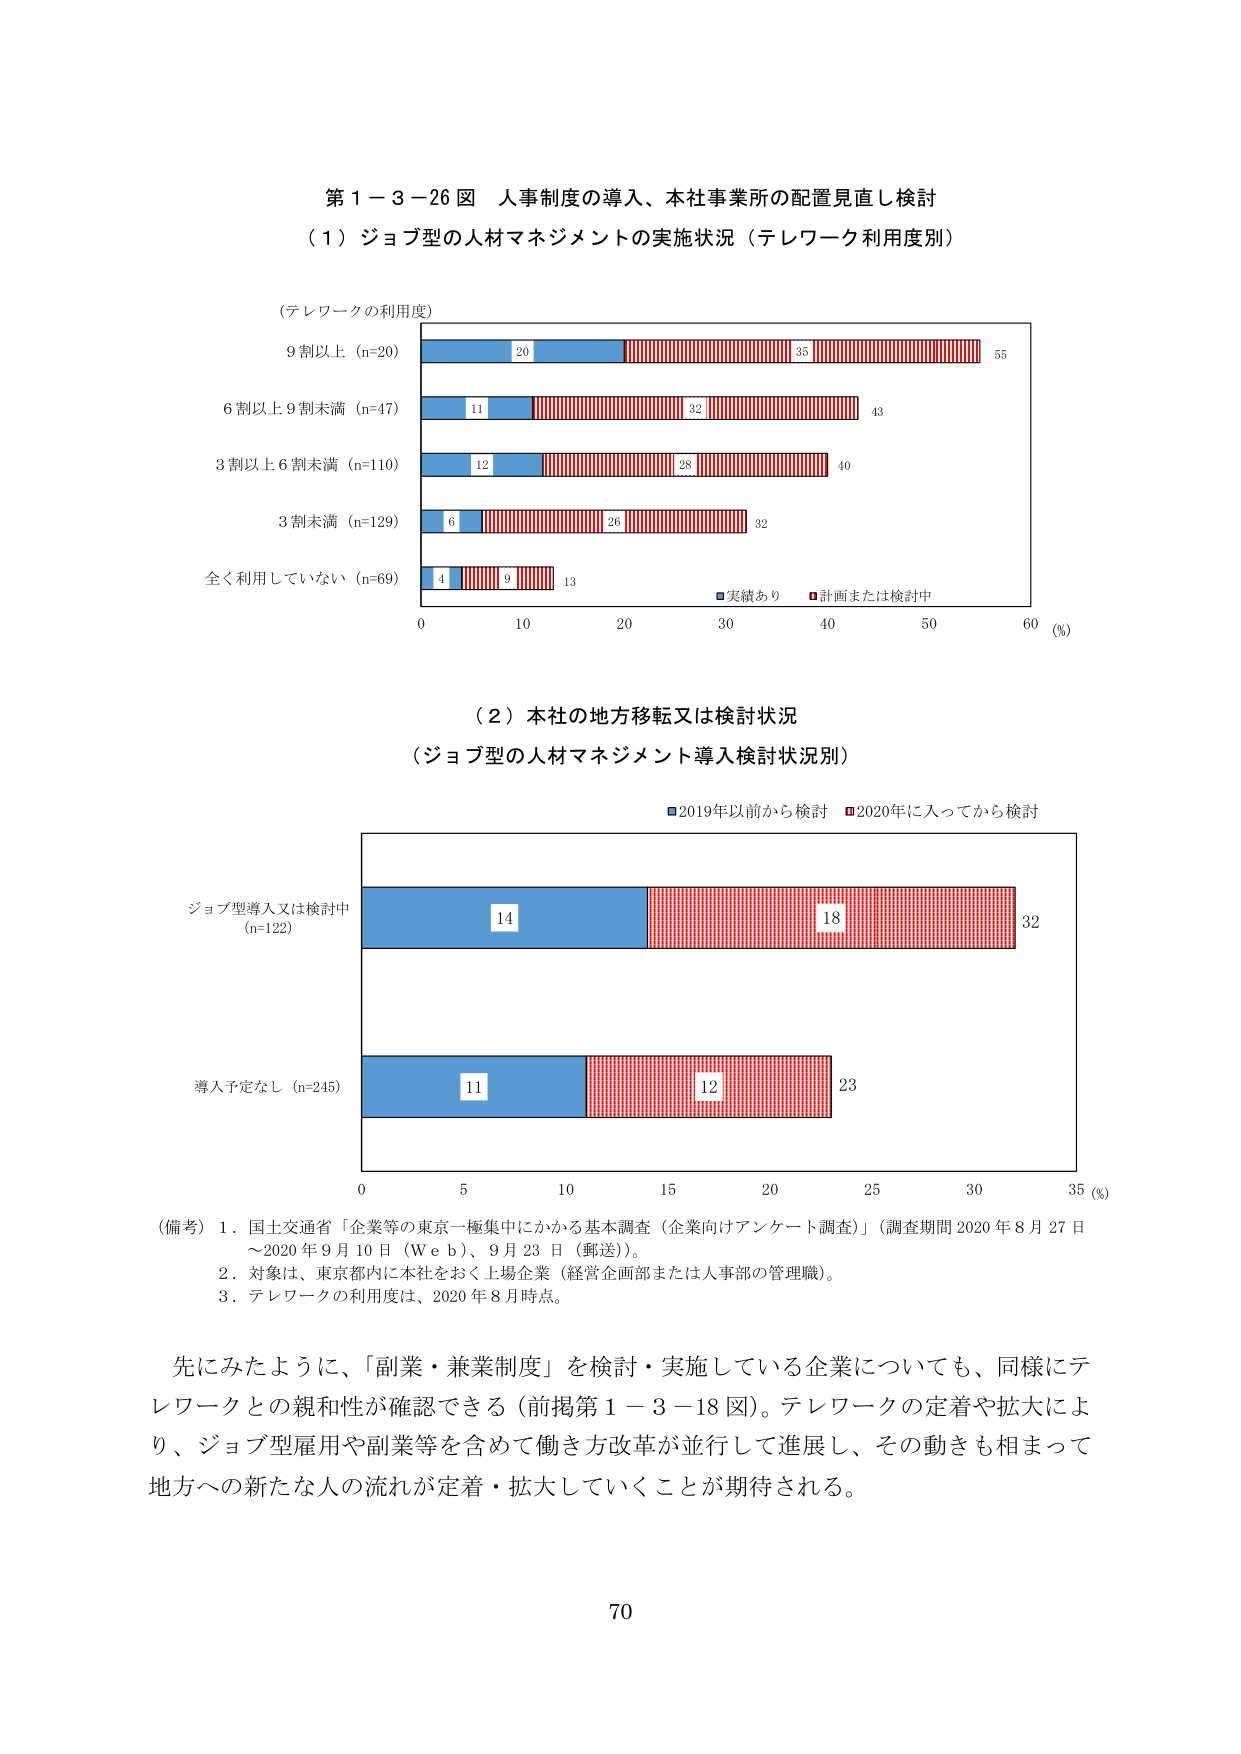
第１－３－26 図 人事制度の導入、本社事業所の配置見直し検討
（１）ジョブ型の人材マネジメントの実施状況（テレワーク利用度別）

（テレワークの利用度）
9割以上（n=20）
6割以上9割未満（n=47）
3割以上6割未満（n=110）
3割未満（n=129）
全く利用していない（n=69）

■実績あり ■計画または検討中

0 10 20 30 40 50 60（％）

（２）本社の地方移転又は検討状況
（ジョブ型の人材マネジメント導入検討状況別）

■2019年以前から検討 ■2020年に入ってから検討

ジョブ型導入又は検討中（n=122）
導入予定なし（n=245）

0 5 10 15 20 25 30 35（％）

（備考）1．国土交通省「企業等の東京一極集中にかかる基本調査（企業向けアンケート調査）」（調査期間 2020年8月27日～2020年9月10日（Ｗｅｂ）、9月23日（郵送））。
2．対象は、東京都内に本社をおく上場企業（経営企画部または人事部の管理職）。
3．テレワークの利用度は、2020年8月時点。

先にみたように、「副業・兼業制度」を検討・実施している企業についても、同様にテレワークとの親和性が確認できる（前掲第１－３－18図）。テレワークの定着や拡大により、ジョブ型雇用や副業等を含めて働き方改革が並行して進展し、その動きも相まって地方への新たな人の流れが定着・拡大していくことが期待される。

70